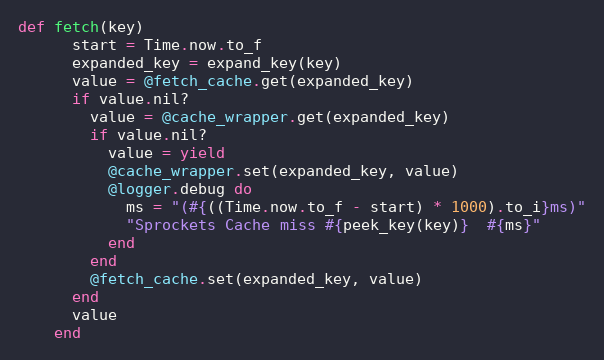
Language: Ruby
def fetch(key)
      start = Time.now.to_f
      expanded_key = expand_key(key)
      value = @fetch_cache.get(expanded_key)
      if value.nil?
        value = @cache_wrapper.get(expanded_key)
        if value.nil?
          value = yield
          @cache_wrapper.set(expanded_key, value)
          @logger.debug do
            ms = "(#{((Time.now.to_f - start) * 1000).to_i}ms)"
            "Sprockets Cache miss #{peek_key(key)}  #{ms}"
          end
        end
        @fetch_cache.set(expanded_key, value)
      end
      value
    end